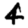
Digit: 4